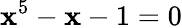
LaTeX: \mathbf{x}^{5}-\mathbf{x}-1=0